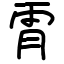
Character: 𫕟